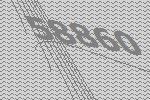
58860